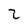
Character: 2